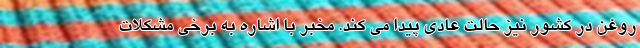
روغن در کشور نیز حالت عادی پیدا می کند. مخبر با اشاره به برخی مشکلات